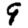
Digit: 9